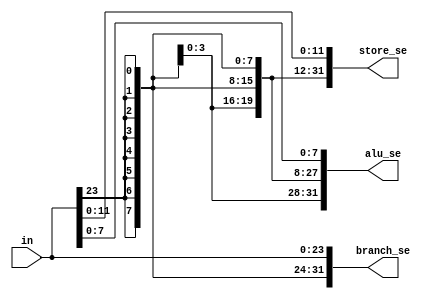
`timescale 1ns / 1ps
//////////////////////////////////////////////////////////////////////////////////
// Company: 
// Engineer: 
// Design Name: 
// Module Name:    sign_extend 
// Project Name:
// Description:
//////////////////////////////////////////////////////////////////////////////////
module sign_extend(
		input [23:0] in,  //immediate field 
		output [31:0] branch_se, //branch sign extended field
		output [31:0] store_se,  // load/store sign extended field
		output [31:0] alu_se     // alu sign extended field
				   );
  
  assign branch_se = {{8{in[23]}},in}; //{2'h00,in};
  assign store_se = {{20{in[23]}},in[11:0]}; //{5'h00000,in[11:0]};
  assign alu_se = {{24{in[23]}},in[7:0]}; //{6'h0000000,in[7:0]};

endmodule